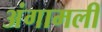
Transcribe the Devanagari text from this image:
अंगामली